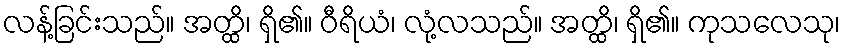
လန့်ခြင်းသည်။ အတ္ထိ၊ ရှိ၏။ ဝီရိယံ၊ လုံ့လသည်။ အတ္ထိ၊ ရှိ၏။ ကုသလေသု၊